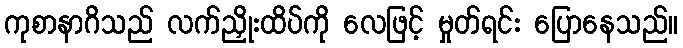
ကုစာနာဂိသည် လက်ညှိုးထိပ်ကို လေဖြင့် မှုတ်ရင်း ပြောနေသည်။